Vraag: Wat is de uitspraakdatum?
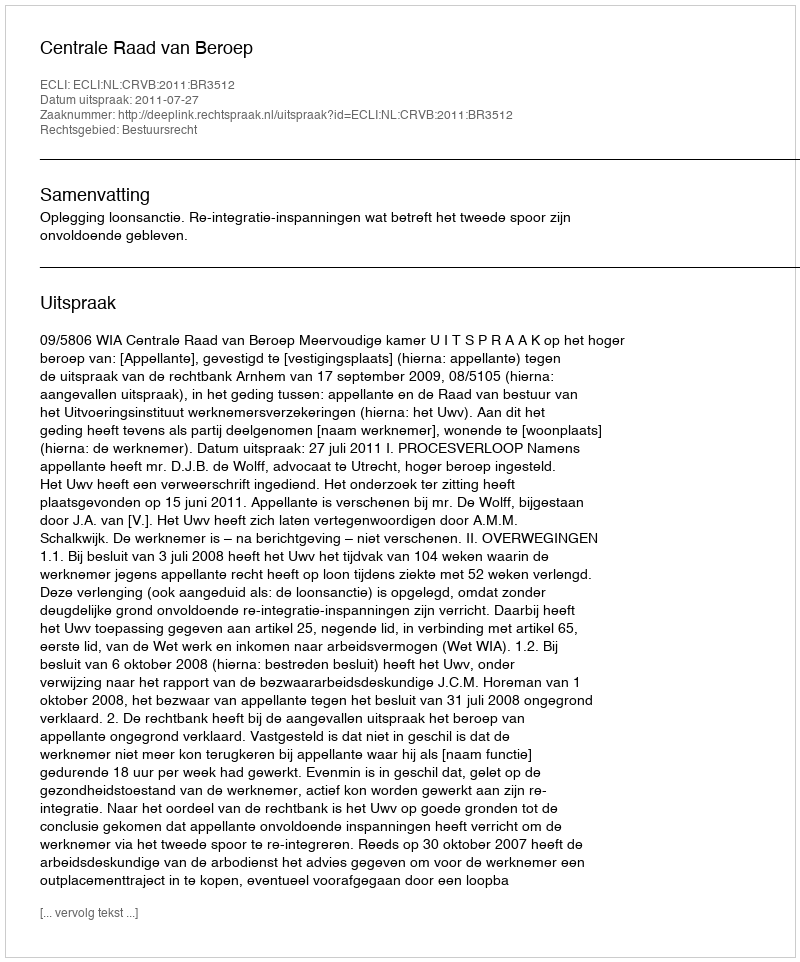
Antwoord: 2011-07-27